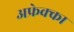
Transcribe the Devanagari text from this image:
अफ्रेक्का